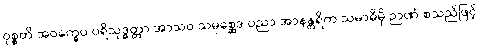
ဝုစ္စတိ အဝက္ခေပ ပရိသုဒ္ဓတ္တာ အာသဝ သမုစ္ဆေဒ ပညာ အာနန္တရိက သမာဓိမှိ ဉာဏံ စသည်ဖြင့်